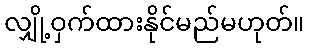
လျှို့ဝှက်ထားနိုင်မည်မဟုတ်။